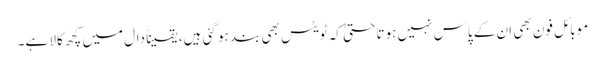
موبائل فون بھی ان کے پاس نہیں ہوتا حتیٰ کہ ٹویٹس بھی بند ہو گئی ہیں، یقیناً دال میں کچھ کالا ہے۔